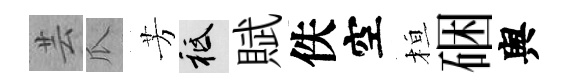
芸瓜芳祇賦佚空桓硱舆